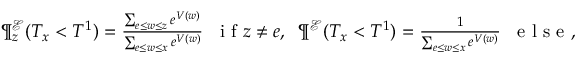
\begin{array} { r } { \P _ { z } ^ { \mathcal { E } } ( T _ { x } < T ^ { 1 } ) = \frac { \sum _ { e \leq w \leq z } e ^ { V ( w ) } } { \sum _ { e \leq w \leq x } e ^ { V ( w ) } } \; \; \textrm { i f } z \not = e , \; \; \P ^ { \mathcal { E } } ( T _ { x } < T ^ { 1 } ) = \frac { 1 } { \sum _ { e \leq w \leq x } e ^ { V ( w ) } } \; \; \textrm { e l s e } , } \end{array}